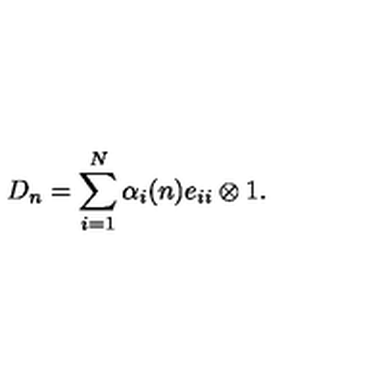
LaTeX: D _ { n } = \sum _ { i = 1 } ^ { N } \alpha _ { i } ( n ) e _ { i i } \otimes 1 .